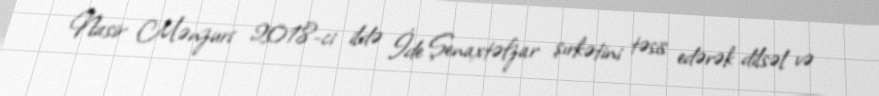
Nasir Mənzuri 2018-ci ildə İde Şenaxtəfzar şırkətini təsis edərək dilsəl və